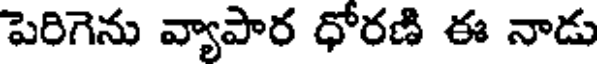
పెరిగెను వ్యాపార ధోరణి ఈ నాడు